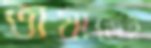
ভাষাতেই